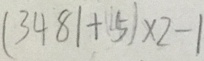
( 3 4 8 1 + 5 ) \times 2 - 1